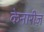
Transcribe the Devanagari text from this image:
केनारीज़